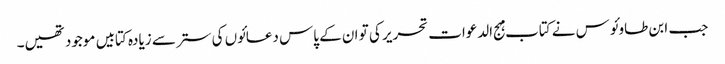
جب ابن طاوئوس نے کتاب مہج الدعوات تحریر کی تو ان کے پاس دعائوں کی ستر سے زیادہ کتابیں موجود تھیں۔